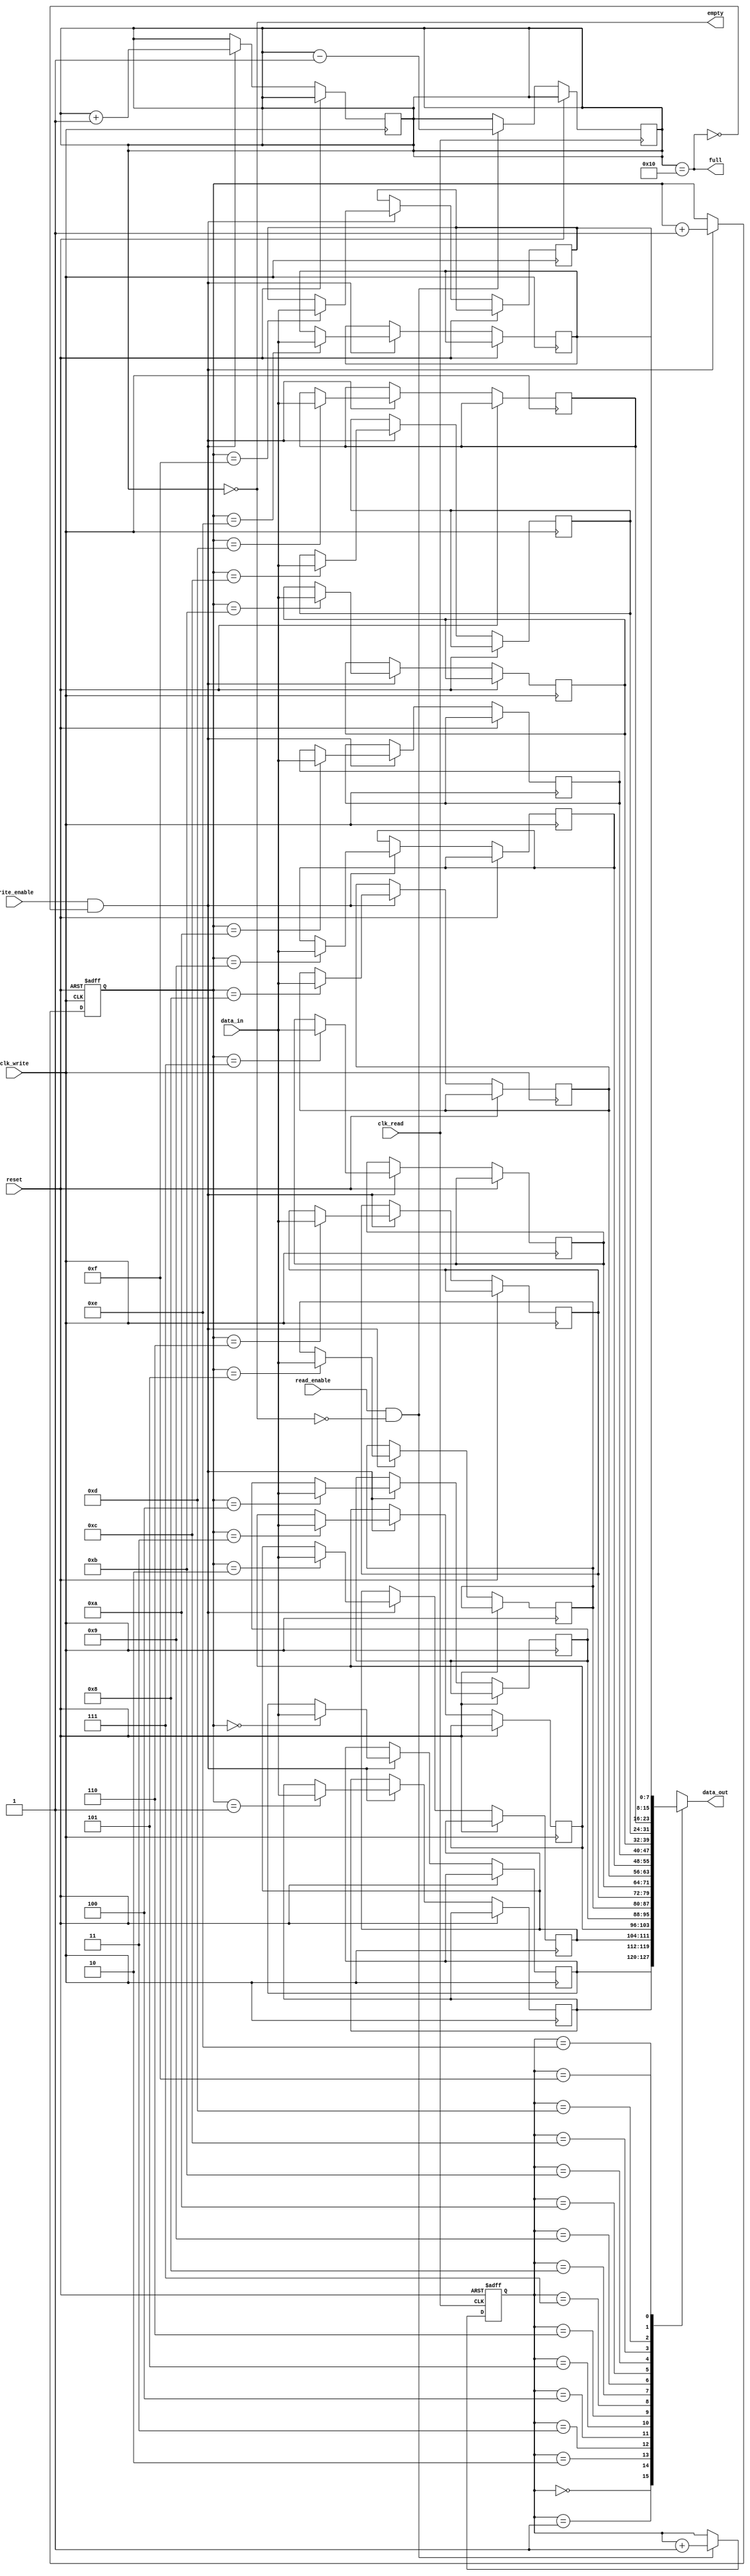
module asynchronous_fifo (
  input wire clk_write,
  input wire clk_read,
  input wire reset,
  input wire write_enable,
  input wire read_enable,
  input wire [7:0] data_in,
  output wire [7:0] data_out,
  output wire full,
  output wire empty
);

reg [7:0] memory [0:15]; // 16 entries in FIFO memory
reg [3:0] write_ptr;
reg [3:0] read_ptr;
reg [4:0] count;

assign data_out = memory[read_ptr];
assign full = count == 16;
assign empty = count == 0;

always @(posedge clk_write or posedge reset) begin
  if (reset) begin
    write_ptr <= 4'b0000;
  end else begin
    if (write_enable && !full) begin
      memory[write_ptr] <= data_in;
      write_ptr <= write_ptr + 1;
      count <= count + 1;
    end
  end
end

always @(posedge clk_read or posedge reset) begin
  if (reset) begin
    read_ptr <= 4'b0000;
  end else begin
    if (read_enable && !empty) begin
      read_ptr <= read_ptr + 1;
      count <= count - 1;
    end
  end
end

endmodule